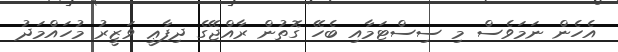
އެހެން ނަމަވެސް މި ސިސްޓަމާއި ބެހޭ ގޮތުން ރާއްޖޭގެ ދިފާޢީ ވަޒީރު މުހައްމަދު